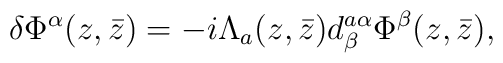
\delta\Phi^\alpha(z,\bar z) =  -i\Lambda_a(z,\bar z) d^{a\alpha}_\beta \Phi^\beta(z,\bar z),